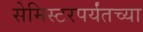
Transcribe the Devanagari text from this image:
सेमिस्टरपर्यंतच्या